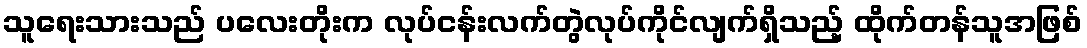
သူရေးသားသည် ပလေးတိုးက လုပ်ငန်းလက်တွဲလုပ်ကိုင်လျက်ရှိသည့် ထိုက်တန်သူအဖြစ်